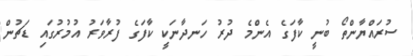
ސުރައްޔާންތޯ ބުނީ ކާފަގެ އެންމެ ދުރު ހަނދާނަކީ ކާފަގެ ފުރާވަރު އުމުރުގައި ޑަޗުން